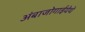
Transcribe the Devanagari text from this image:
अंबाजोगाईयेथे